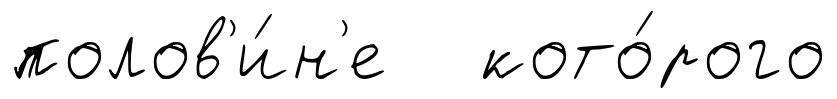
полов'и́н'е кото́рого